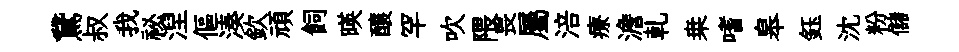
鵞叔我祕湼傴湊欽頑飼暎釀罕吹隈畏屬涪療澹乹桒嗜皋鈺沈粉儲